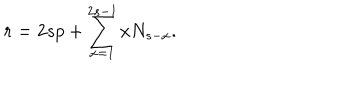
r = 2 s p + \sum _ { x = 1 } ^ { 2 s - 1 } x N _ { s - x } .